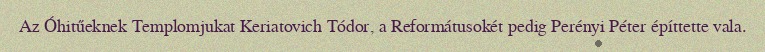
Az Óhitűeknek Templomjukat Keriatovich Tódor, a Reformátusokét pedig Perényi Péter építtette vala.